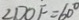
\angle D O F = 6 0 ^ { \circ }